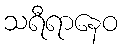
သရီရာနေဝ